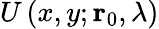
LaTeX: U\left(x,y;\mathbf{r}_{0},\lambda\right)